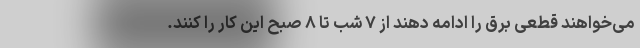
می‌خواهند قطعی برق را ادامه دهند از ۷ شب تا ۸ صبح این کار را کنند.